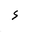
Letter: _hamza